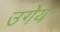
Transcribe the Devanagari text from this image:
उर्गेय